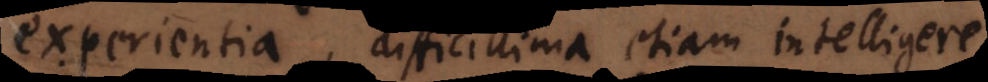
experientia, difficillima etiam intelligere,